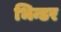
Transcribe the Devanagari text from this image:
भिन्डर